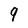
Character: 9